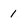
Character: 1